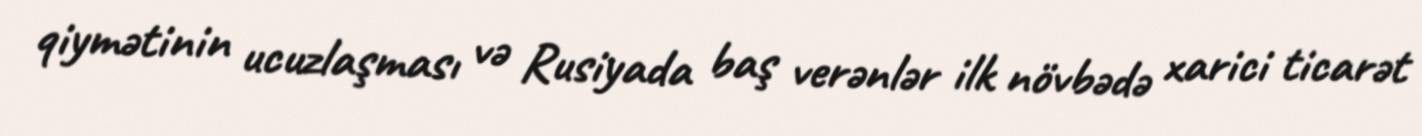
qiymətinin ucuzlaşması və Rusiyada baş verənlər ilk növbədə xarici ticarət